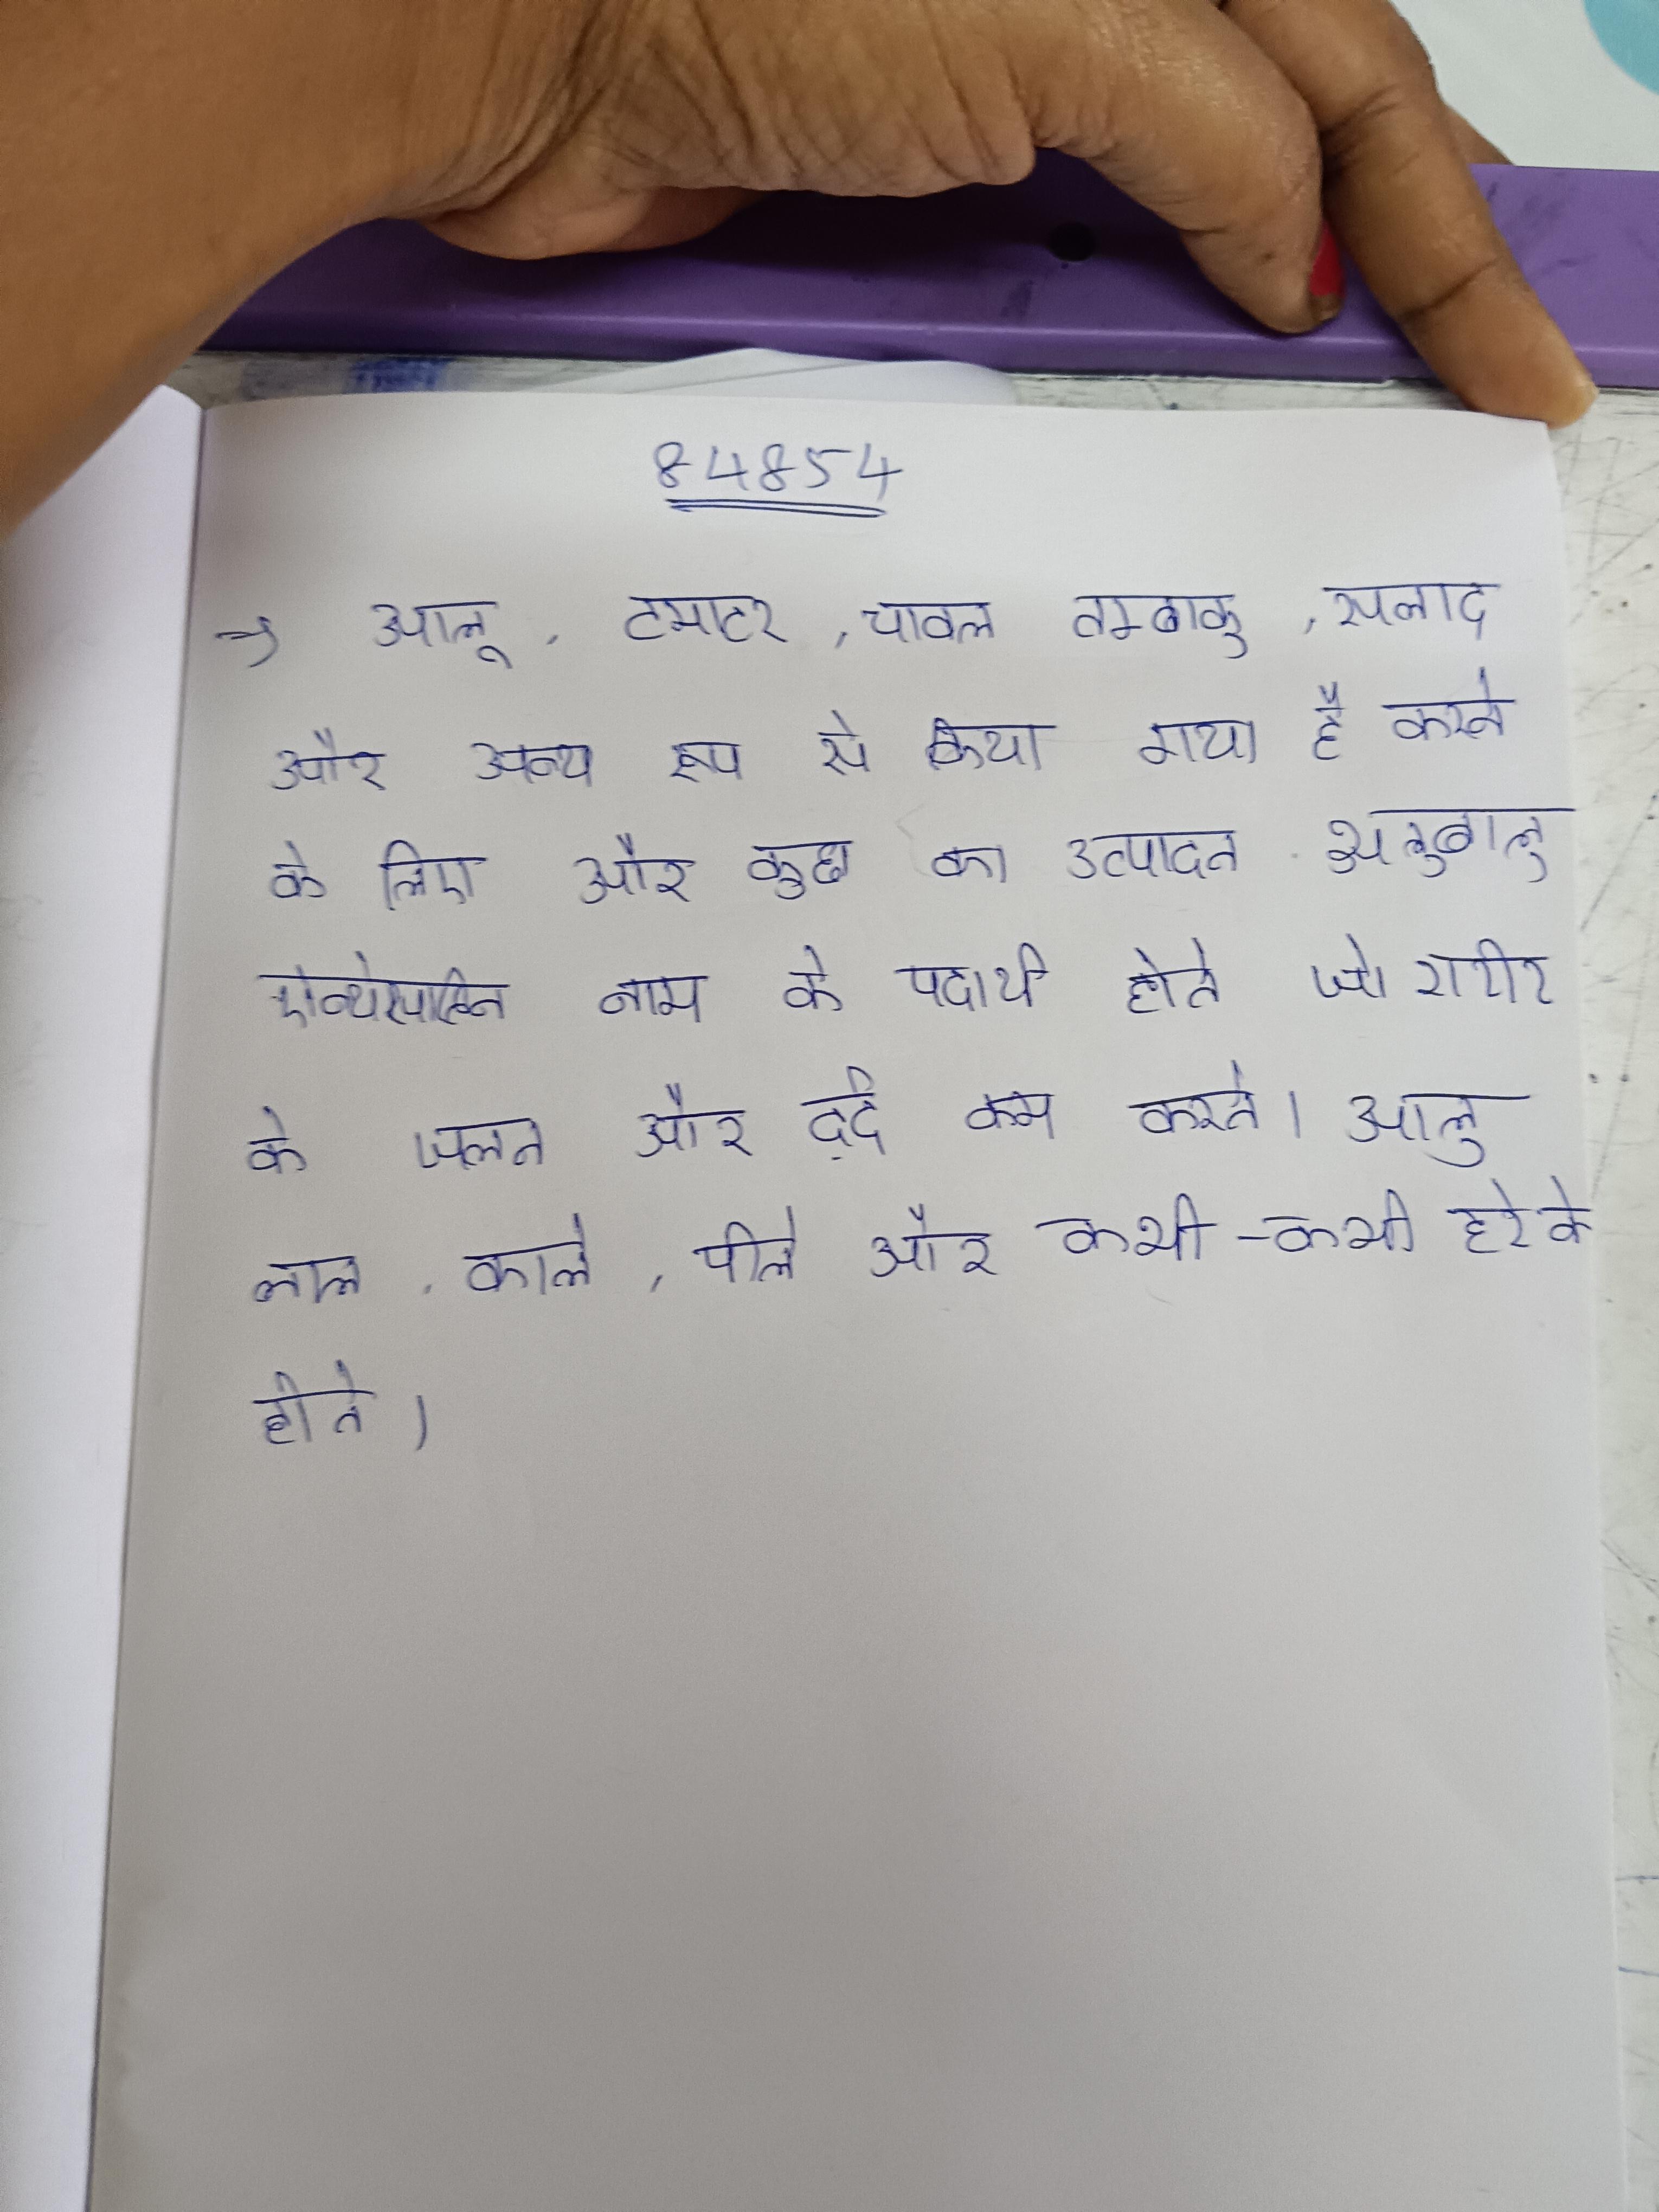
आलू, टमाटर, चावल तम्बाकू, सलाद, और अन्य रूप से किया गया है करने के लिए और कुछ का उत्पादन . आलूबालू ऐन्थोसाय्निन नाम के पदार्थ होते जो शरीर के जलन और दर्द कम करते । आलू लाल, काले, पीले और कभी-कभी हरे के होते ।